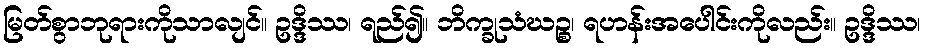
မြတ်စွာဘုရားကိုသာလျင်။ ဥဒ္ဒိဿ၊ ရည်၍။ ဘိက္ခုသံဃဉ္စ၊ ရဟန်းအပေါင်းကိုလည်း။ ဥဒ္ဒိဿ၊